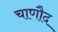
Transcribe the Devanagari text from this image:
चाणौद